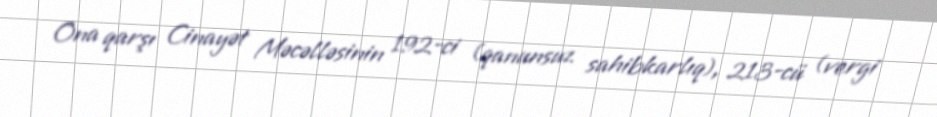
Ona qarşı Cinayət Məcəlləsinin 192-ci (qanunsuz sahibkarlıq), 213-cü (vergi